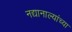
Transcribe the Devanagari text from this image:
नद्यानाल्यांच्या